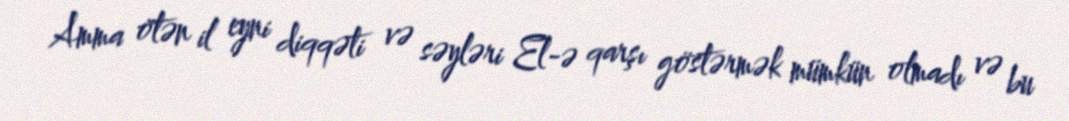
Amma ötən il eyni diqqəti və səyləri El-ə qarşı göstərmək mümkün olmadı və bu